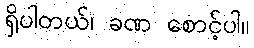
ရှိပါတယ်၊ ခဏ စောင့်ပါ။